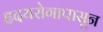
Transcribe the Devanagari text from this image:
हृदयरोगापासून